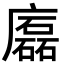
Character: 𢋧